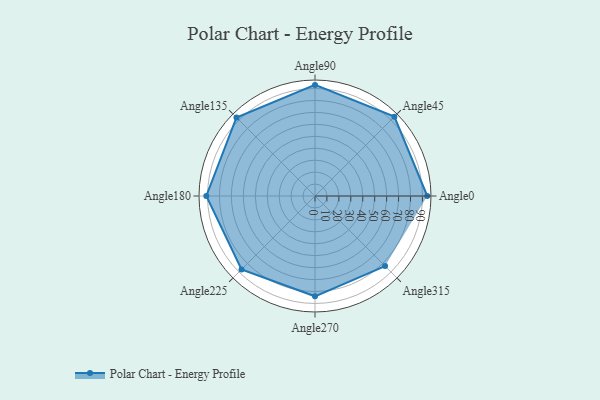
{"axis": {"x": "Angle", "y": "Radius"}, "legend": [""], "data": [{"x": "Angle0", "y": 94.0, "type": ""}, {"x": "Angle45", "y": 94.0, "type": ""}, {"x": "Angle90", "y": 93.0, "type": ""}, {"x": "Angle135", "y": 93.0, "type": ""}, {"x": "Angle180", "y": 91.0, "type": ""}, {"x": "Angle225", "y": 87.0, "type": ""}, {"x": "Angle270", "y": 84.0, "type": ""}, {"x": "Angle315", "y": 83.0, "type": ""}]}